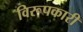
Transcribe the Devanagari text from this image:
विरूपकारी